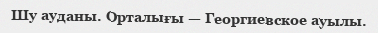
Шу ауданы. Орталығы — Георгиевское ауылы.